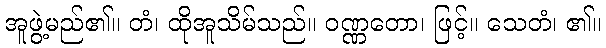
အူဖွဲ့မည်၏။ တံ၊ ထိုအူသိမ်သည်။ ဝဏ္ဏတော၊ ဖြင့်။ သေတံ၊ ၏။